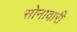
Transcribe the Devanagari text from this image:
सोनावारी